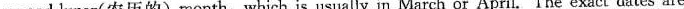
second lunar(农历的)month,which is usually in March or April. The exact dates are